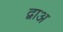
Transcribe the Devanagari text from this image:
द्वाअ